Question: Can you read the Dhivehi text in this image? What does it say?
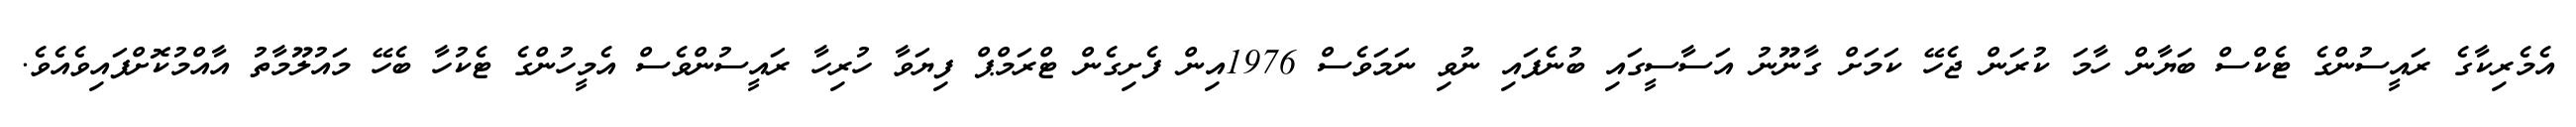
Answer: އެމެރިކާގެ ރައީސުންގެ ޓެކްސް ބަޔާން ހާމަ ކުރަން ޖެހޭ ކަމަށް ގާނޫނު އަސާސީގައި ބުނެފައި ނުވި ނަމަވެސް 1976އިން ފެށިގެން ޓްރަމްޕް ފިޔަވާ ހުރިހާ ރައީސުންވެސް އެމީހުންގެ ޓެކުހާ ބެހޭ މައުލޫމާތު އާއްމުކޮށްފައިވެއެވެ.